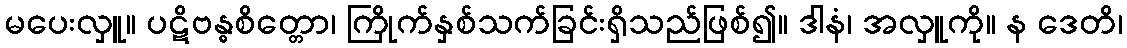
မပေးလှူ။ ပဋိဗန္ဓစိတ္တော၊ ကြိုက်နှစ်သက်ခြင်းရှိသည်ဖြစ်၍။ ဒါနံ၊ အလှူကို။ န ဒေတိ၊